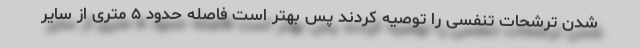
شدن ترشحات تنفسی را توصیه کردند پس بهتر است فاصله حدود ۵ متری از سایر